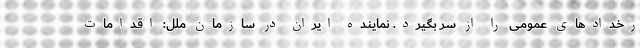
رخدادهای عمومی را از سر بگیرد. نماینده ایران در سازمان ملل: اقدامات